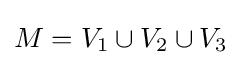
M=V_{1}\cup V_{2}\cup V_{3}